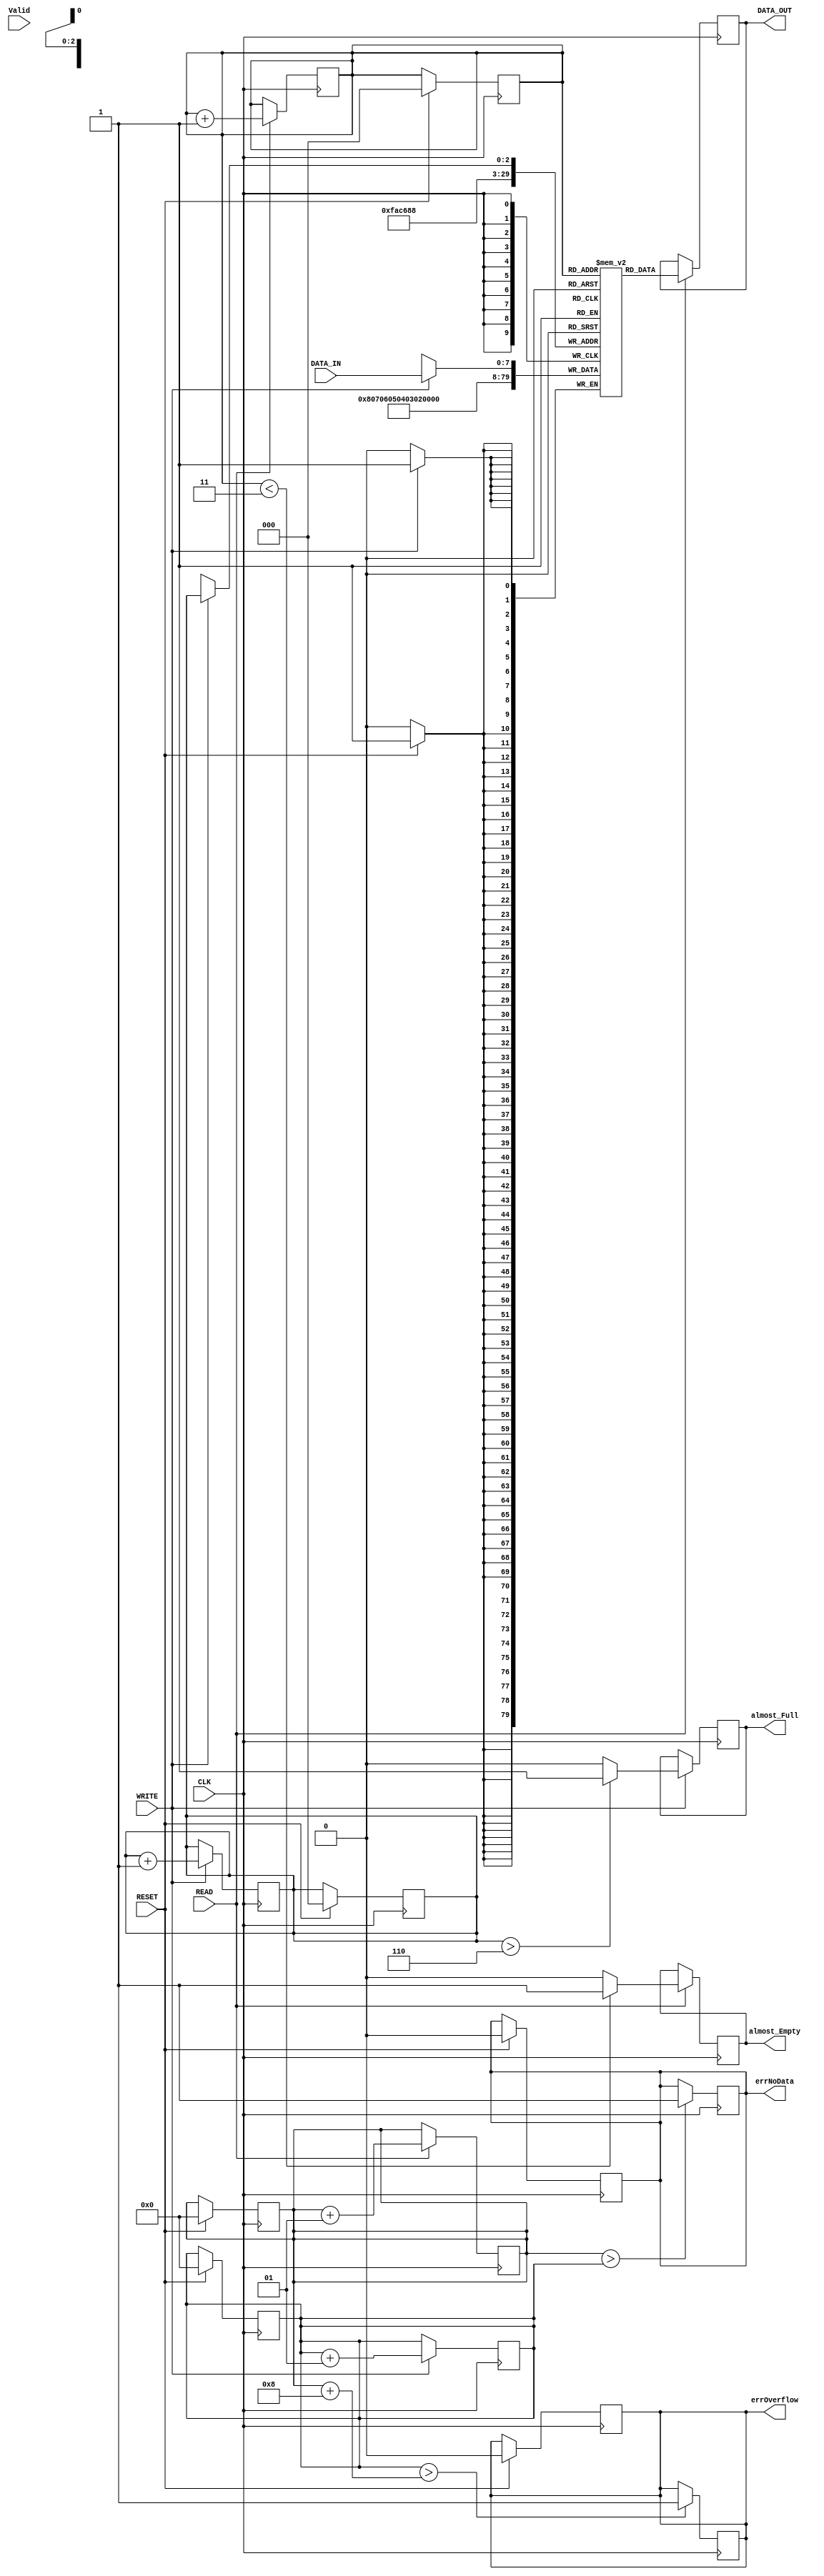
module Memory
	(
	//inputs
	input wire [7:0] DATA_IN,
	input wire 	    CLK,
	input wire 	    RESET,
	input wire		WRITE,
	input wire		READ,
	//outputs
	output reg [7:0] DATA_OUT,
	output reg		almost_Full,
	output reg		almost_Empty,	
	output reg		errNoData,
	output reg		errOverflow,
	input wire		Valid
	);

    reg [7:0] 	    Memory[8];
	reg	[2:0]		indexW;
	reg	[2:0]		indexR;
	integer			positionR;
	integer			positionW;
	integer			index;
			

	always @(posedge CLK)
		begin
			if(RESET)
				begin
					for(index = 0; index <9; index = index+1)
					Memory[index] <= index;
					errNoData <= 0;
					errOverflow <= 0;
					positionR <= 0;
					positionW  <= 0;
					indexR <= 0;
					indexW <= 0;
				end
		end


	always @(posedge CLK)
		begin
			if(READ)
				begin
					DATA_OUT <= Memory[indexR];
					positionR <= positionR + 1;
					if(indexR == 8)
						begin
							indexR <= 0;
						end
					else
						begin
							if(indexR < 3)
									begin
										almost_Empty <= 1;
									end
								else
									begin
										almost_Empty <= 0;
									end
							indexR <= indexR + 1;
						end
				end
			if(WRITE)
				begin
					Memory[indexW] <= DATA_IN;
					positionW <= positionW + 1;
						if(indexW == 8)
							begin
								indexW <= 0;
							end
						else
							begin
								if(indexW > 6)
									begin
										almost_Full <= 1;
									end
								else
									begin
										almost_Full <= 0;
									end
								indexW <= indexW + 1;
							end
				end
			if(positionR > positionW)
				begin
					errNoData <= 1;
				end
			if(positionW > (positionR + 8))
				begin
					errOverflow <= 1;
				end

		end



endmodule